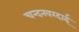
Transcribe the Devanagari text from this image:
चन्दनवरदाई